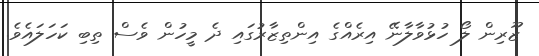
ޒޫރިން ލޯ ހުޅުވާލާނޭ އިރެއްގެ އިންތިޒާރުގައި ދެ މީހުން ވެސް ތިބި ކަހަލައެވެ.